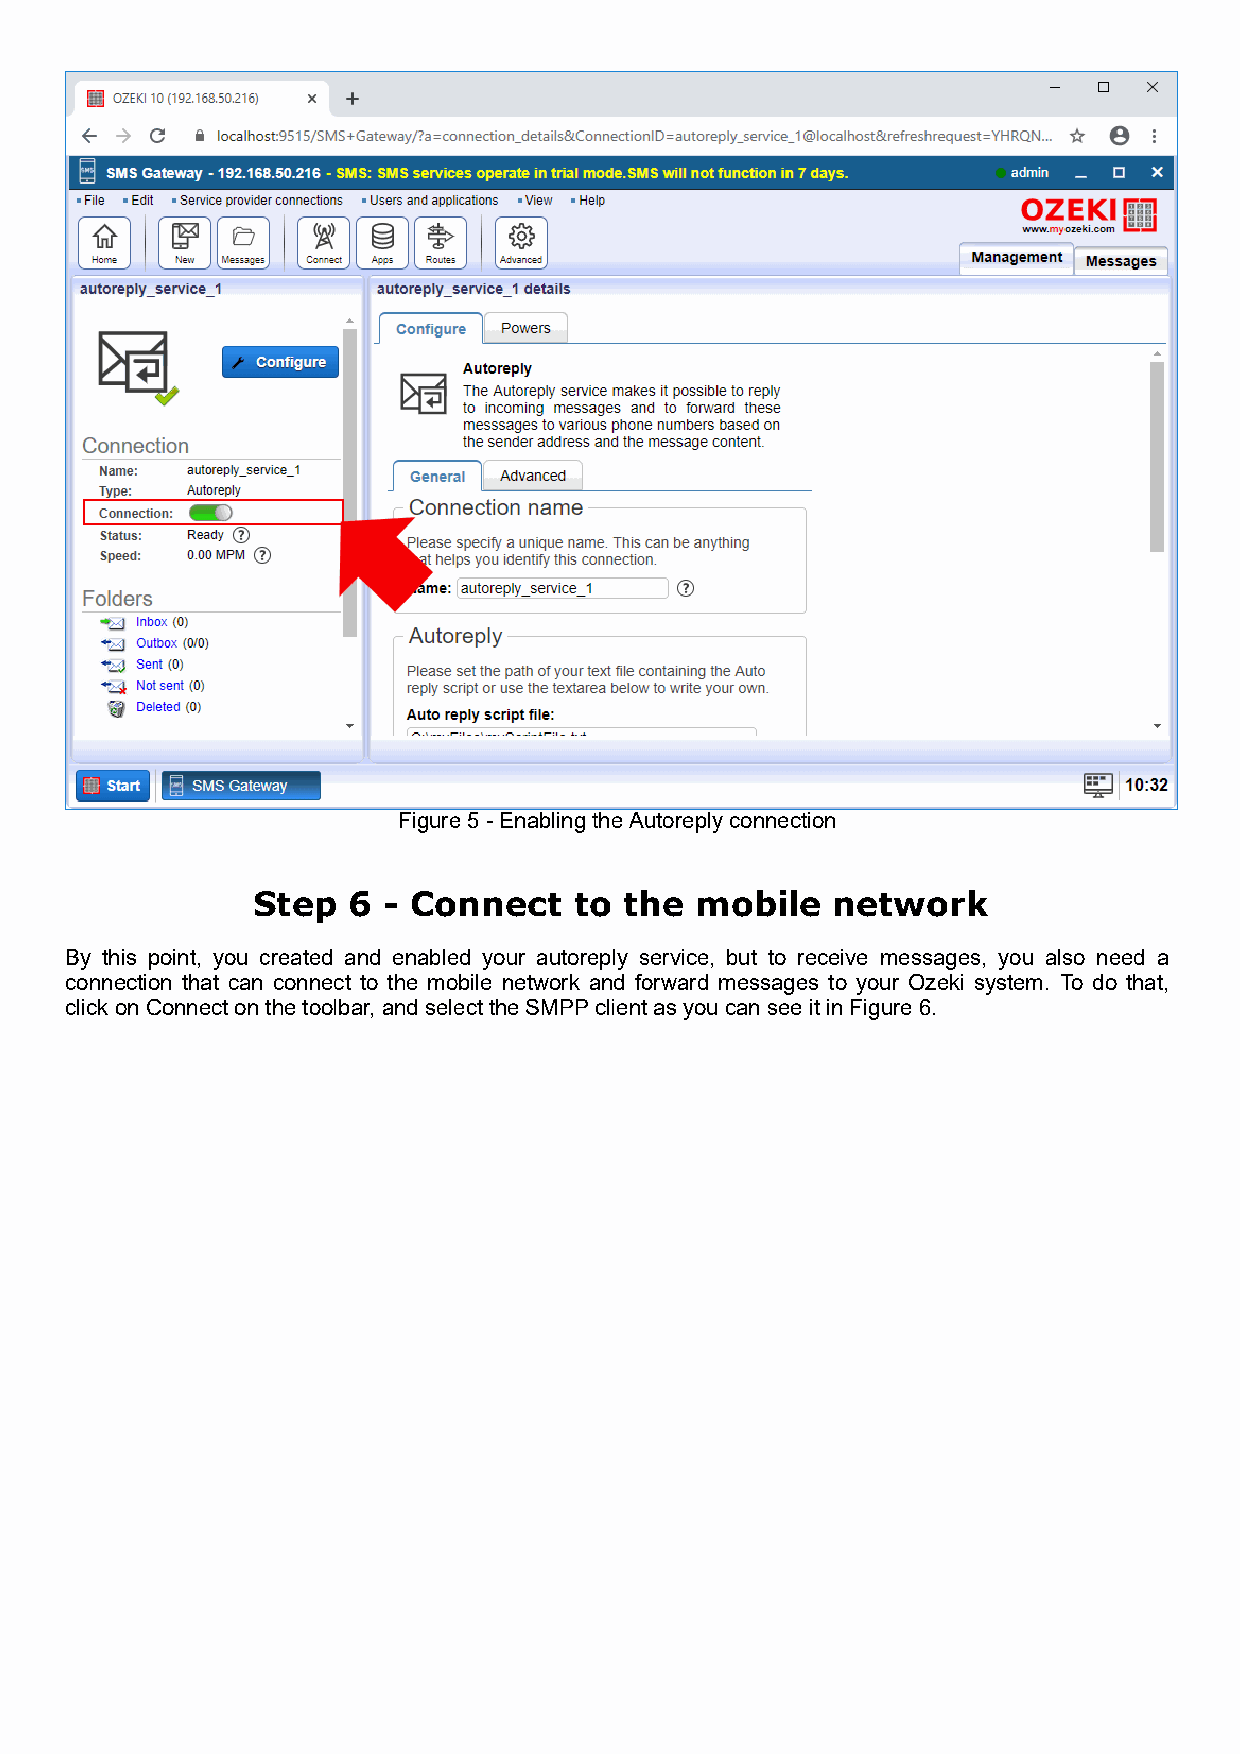
Figure 5 - Enabling the Autoreply connection
 Step  6 - Connect    to the  mobile   network
 By this point, you created and enabled your autoreply service, but to receive messages, you also need a
 connection that can connect to the mobile network and forward messages to your Ozeki system. To do that,
 click on Connect on the toolbar, and select the SMPP client as you can see it in Figure 6.